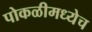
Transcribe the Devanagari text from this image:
पोकळीमध्येच